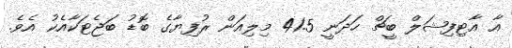
އާ އާޓިފިޝަލް ބީޗް ހަދަނީ 41.5 މިލިއަން ރުފިޔާގެ ބޮޑު ބަޖެޓަކާއެކު އެވެ.